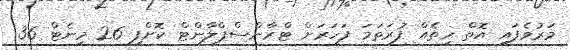
މަރުވެފައި އޮތް ހިތެއް ފުރަތަމަ ފަހަރަށް ޓްރާންސްޕްލާންޓް ކޮށްފި 26 މިނެޓް 36